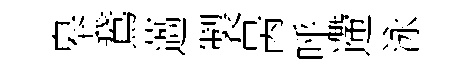
皋鵞薖製昺呼遰泳